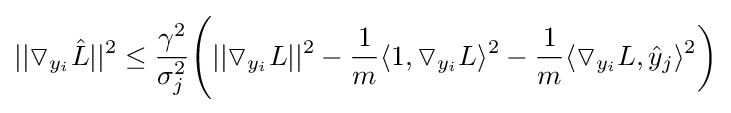
||\triangledown _{y_{i}}{\hat {L}}||^{2}\leq {\frac {\gamma ^{2}}{\sigma _{j}^{2}}}{\Bigg (}||\triangledown _{y_{i}}L||^{2}-{\frac {1}{m}}\langle 1,\triangledown _{y_{i}}L\rangle ^{2}-{\frac {1}{m}}\langle \triangledown _{y_{i}}L,{\hat {y}}_{j}\rangle ^{2}{\bigg )}